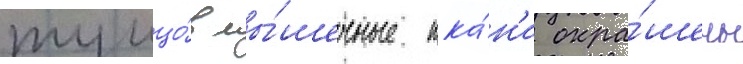
тунцо́в мы́шечные тка́н'и окра́шены